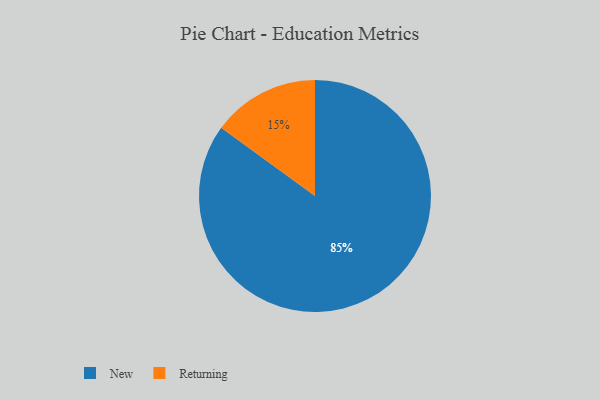
{"axis": {"x": "Category", "y": "Percentage"}, "legend": ["New", "Returning"], "data": [{"x": "Returning", "y": 15, "type": "Returning"}, {"x": "New", "y": 85, "type": "New"}]}